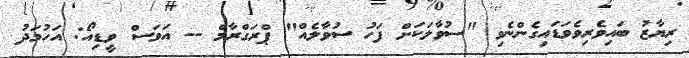
ރިޔާޒު ބައިވެރިވެވަޑައިގެންނެވި "ސުވާލަކަށް ފަހު ސުވާލެއް" ޕްރަގްރާމް -- އަވަސް ވީޑިއޯ: އަހުމަދު